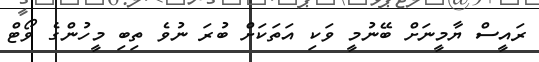
ރައީސް ޔާމީނަށް ބޭނުމީ ވަކި އަތަކަށް ބުރަ ނުވެ ތިބި މީހުންގެ ވޯޓް